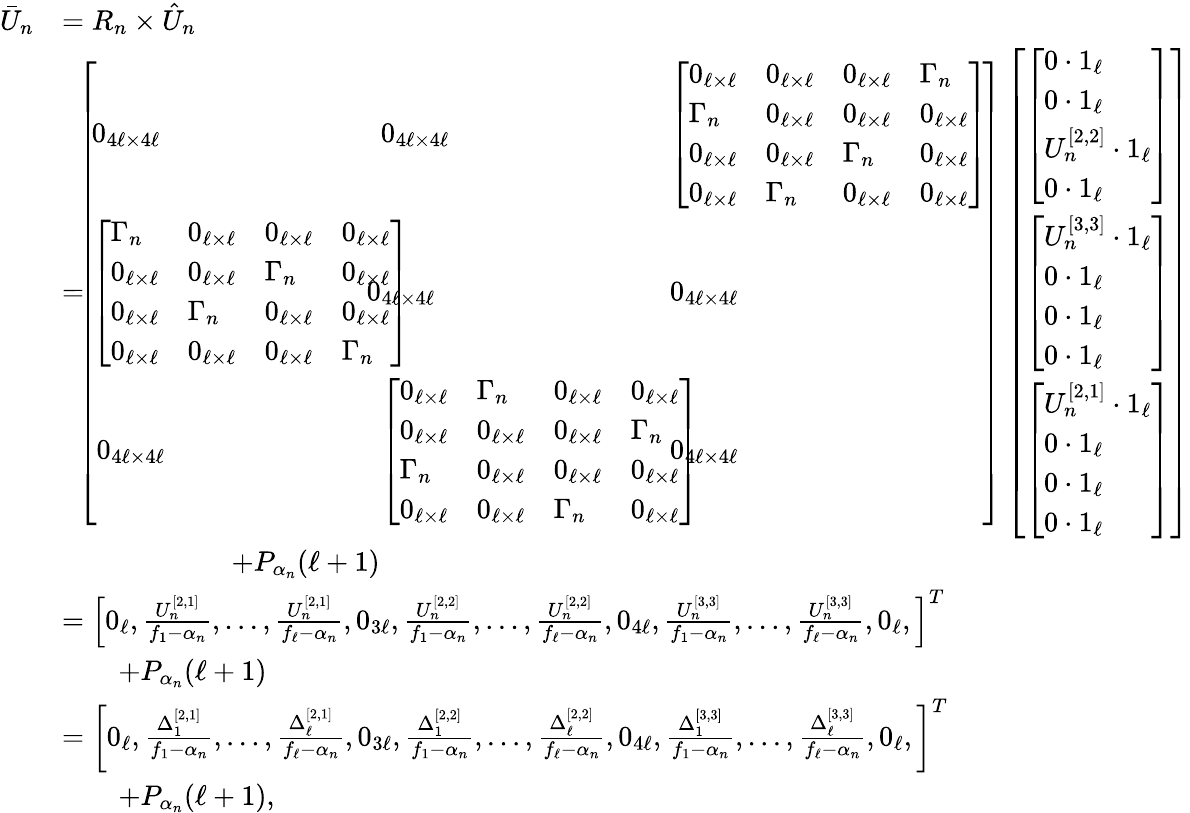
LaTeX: \begin{array}{rl}{\bar{U}_{n}}&{=R_{n}\times\hat{U}_{n}}\\ &{=\! \! \! \left[\begin{array}{lll}{\! 0_{4\ell\times 4\ell}\! \! \! \! \! \! }&{\! \! \! \! \! \! 0_{4\ell\times 4\ell}\! \! \! \! \! \! }&{\! \! \! \! \! \! \left[\begin{array}{llll}{0_{\ell\times\ell}}&{0_{\ell\times\ell}}&{0_{\ell\times\ell}}&{\Gamma_{n}}\\ {\Gamma_{n}}&{0_{\ell\times\ell}}&{0_{\ell\times\ell}}&{0_{\ell\times\ell}}\\ {0_{\ell\times\ell}}&{0_{\ell\times\ell}}&{\Gamma_{n}}&{0_{\ell\times\ell}}\\ {0_{\ell\times\ell}}&{\Gamma_{n}}&{0_{\ell\times\ell}}&{0_{\ell\times\ell}}\end{array}\right]\! }\\ {\! \left[\begin{array}{llll}{\Gamma_{n}}&{0_{\ell\times\ell}}&{0_{\ell\times\ell}}&{0_{\ell\times\ell}}\\ {0_{\ell\times\ell}}&{0_{\ell\times\ell}}&{\Gamma_{n}}&{0_{\ell\times\ell}}\\ {0_{\ell\times\ell}}&{\Gamma_{n}}&{0_{\ell\times\ell}}&{0_{\ell\times\ell}}\\ {0_{\ell\times\ell}}&{0_{\ell\times\ell}}&{0_{\ell\times\ell}}&{\Gamma_{n}}\end{array}\right]\! \! \! \! \! \! }&{\! \! \! \! \! \! \! \! \! 0_{4\ell\times 4\ell}\! \! \! \! \! \! }&{\! \! \! \! \! \! 0_{4\ell\times 4\ell}\! }\\ {0_{4\ell\times 4\ell}\! \! \! \! \! \! }&{\! \! \! \! \! \! \left[\begin{array}{llll}{0_{\ell\times\ell}}&{\Gamma_{n}}&{0_{\ell\times\ell}}&{0_{\ell\times\ell}}\\ {0_{\ell\times\ell}}&{0_{\ell\times\ell}}&{0_{\ell\times\ell}}&{\Gamma_{n}}\\ {\Gamma_{n}}&{0_{\ell\times\ell}}&{0_{\ell\times\ell}}&{0_{\ell\times\ell}}\\ {0_{\ell\times\ell}}&{0_{\ell\times\ell}}&{\Gamma_{n}}&{0_{\ell\times\ell}}\end{array}\right]\! \! \! \! \! \! }&{\! \! \! \! \! \! 0_{4\ell\times 4\ell}\! }\end{array}\right]\left[\begin{array}{l}{\left[\begin{array}{l}{0\cdot 1_{\ell}}\\ {0\cdot 1_{\ell}}\\ {U_{n}^{[2,2]}\cdot 1_{\ell}}\\ {0\cdot 1_{\ell}}\end{array}\right]}\\ {\left[\begin{array}{l}{U_{n}^{[3,3]}\cdot 1_{\ell}}\\ {0\cdot 1_{\ell}}\\ {0\cdot 1_{\ell}}\\ {0\cdot 1_{\ell}}\end{array}\right]}\\ {\left[\begin{array}{l}{U_{n}^{[2,1]}\cdot 1_{\ell}}\\ {0\cdot 1_{\ell}}\\ {0\cdot 1_{\ell}}\\ {0\cdot 1_{\ell}}\end{array}\right]}\end{array}\right]}\\ &{\qquad\qquad\qquad+P_{\alpha_{n}}(\ell+1)}\\ &{=\left[0_{\ell},\frac{U_{n}^{[2,1]}}{f_{1}-\alpha_{n}},\dots,\frac{U_{n}^{[2,1]}}{f_{\ell}-\alpha_{n}},0_{3\ell},\frac{U_{n}^{[2,2]}}{f_{1}-\alpha_{n}},\dots,\frac{U_{n}^{[2,2]}}{f_{\ell}-\alpha_{n}},0_{4\ell},\frac{U_{n}^{[3,3]}}{f_{1}-\alpha_{n}},\dots,\frac{U_{n}^{[3,3]}}{f_{\ell}-\alpha_{n}},0_{\ell},\right]^{T}}\\ &{\qquad+P_{\alpha_{n}}(\ell+1)}\\ &{=\left[0_{\ell},\frac{\Delta_{1}^{[2,1]}}{f_{1}-\alpha_{n}},\dots,\frac{\Delta_{\ell}^{[2,1]}}{f_{\ell}-\alpha_{n}},0_{3\ell},\frac{\Delta_{1}^{[2,2]}}{f_{1}-\alpha_{n}},\dots,\frac{\Delta_{\ell}^{[2,2]}}{f_{\ell}-\alpha_{n}},0_{4\ell},\frac{\Delta_{1}^{[3,3]}}{f_{1}-\alpha_{n}},\dots,\frac{\Delta_{\ell}^{[3,3]}}{f_{\ell}-\alpha_{n}},0_{\ell},\right]^{T}}\\ &{\qquad+P_{\alpha_{n}}(\ell+1),}\end{array}